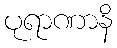
ပုရာဏာနိ